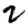
Digit: 2